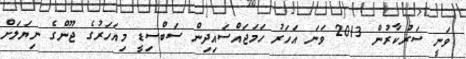
ވަނީ ސަރުކާރުން 2013 ވަނަ އަހަރު ހަމަޖައްސައިދިން ސަބްސިޑީ މިއަހަރުގެ ޖޫންގެ ނިޔަލަށް